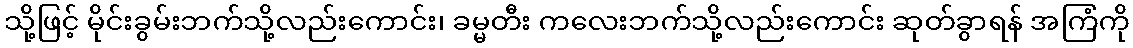
သို့ဖြင့် မိုင်းခွမ်းဘက်သို့လည်းကောင်း၊ ခမ္မတီး ကလေးဘက်သို့လည်းကောင်း ဆုတ်ခွာရန် အကြံကို